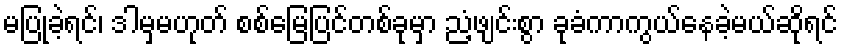
မပြုခဲ့ရင်၊ ဒါမှမဟုတ် စစ်မြေပြင်တစ်ခုမှာ ညံ့ဖျင်းစွာ ခုခံကာကွယ်နေခဲ့မယ်ဆိုရင်